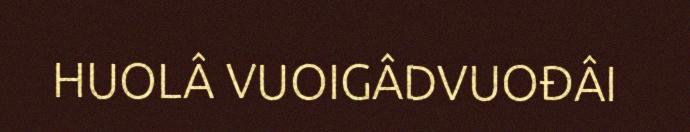
HUOLÂ VUOIGÂDVUOĐÂI